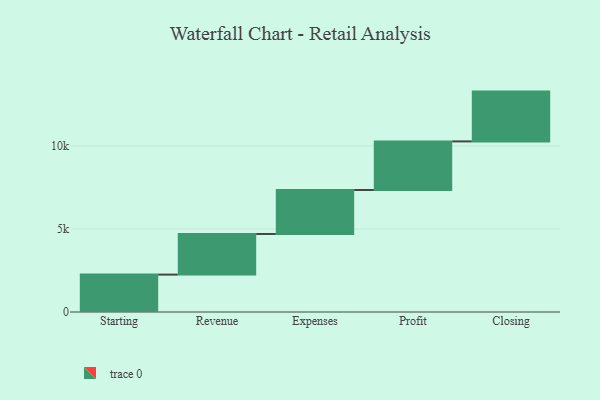
{"axis": {"x": "Step", "y": "Value"}, "legend": [""], "data": [{"x": "Starting", "y": 2253.0, "type": ""}, {"x": "Revenue", "y": 2448.0, "type": ""}, {"x": "Expenses", "y": 2649.0, "type": ""}, {"x": "Profit", "y": 2929.0, "type": ""}, {"x": "Closing", "y": 3000, "type": ""}]}